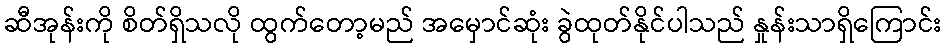
ဆီအုန်းကို စိတ်ရှိသလို ထွက်တော့မည် အမှောင်ဆုံး ခွဲထုတ်နိုင်ပါသည် နှုန်းသာရှိကြောင်း